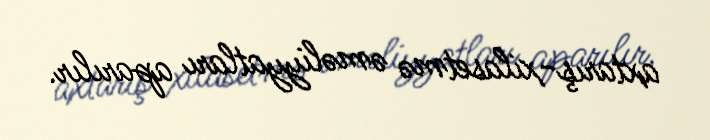
axtarış-xilasetmə əməliyyatları aparılır.